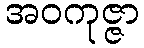
အဝကုဇ္ဇာ